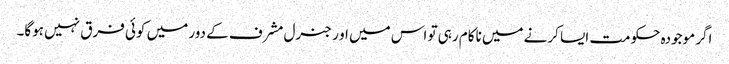
اگر موجودہ حکومت ایسا کرنے میں ناکام رہی تو اس میں او ر جنرل مشرف کے دور میں کوئی فرق نہیں ہوگا۔